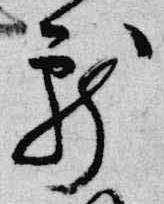
献